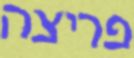
פריצה